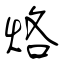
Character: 烙